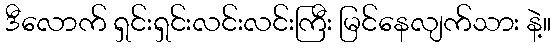
ဒီလောက် ရှင်းရှင်းလင်းလင်းကြီး မြင်နေလျက်သား နဲ့။